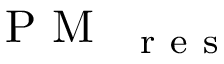
\mathrm { ~ P ~ M ~ } _ { \mathrm { ~ { ~ r ~ e ~ s ~ } ~ } }